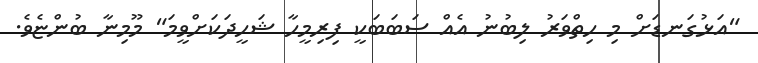
"އަޅުގަނޑަށް މި ހިތްވަރު ލިބުނު އެއް ސަބަބަކީ ފިރިމީހާ ޝަހީދަކަށްވީމަ" މޫމިނާ ބުންޏެވެ.